system: You are a helpful assistant.
user:
Analyze the provided spectrum to determine if it is a **Carbon Star (C-type)**.

- **Key Visual Indicators of Carbon Star:**
    - **(Primary):** Strong molecular absorption from **C₂ (diatomic carbon) "Swan Bands."** This is the **defining feature** of a carbon star.
        - **(Key Bandheads):** Sharp absorption edges are visible at approximately $5635$ Å, $5165$ Å (the strongest band), and $4737$ Å.
        - **(Line Profile):** Creates a distinct **"saw-tooth"** pattern. The key morphology is a sharp, steep bandhead on the **red (long-wavelength) side**, which then gradually tapers off (i.e., flux recovers) towards the **blue (short-wavelength) side**. *(This is the direct opposite of the TiO bands seen in M-type stars)*.

    - **(Secondary):** Intense **CN (cyanogen)** molecular absorption bands.
        - **(Key Bandheads):** Located in the blue and violet regions of the spectrum (e.g., near $4215$ Å and $3883$ Å).
        - **(Morphology):** These bands are extremely broad and act as a "blanket," absorbing the vast majority of blue and violet light. This creates a characteristic **"cliff"** or **"steep drop-off"** in the spectrum's flux at short wavelengths.

    - **(Key Confirmation):** Strong **CH absorption band (G-band)**.
        - **(Key Bandhead):** Located around $4300$ Å. The contribution from CH molecules to this band is exceptionally strong.

    - **(Overall Spectrum):**
        - The continuum is severely "chopped up" by these deep molecular bands, especially C₂, rather than appearing as a smooth curve.
        - Due to the heavy CN and C₂ absorption in the blue-green, the vast majority of the star's flux is concentrated in the red part of the spectrum, giving the star its characteristic deep red color.

Think first, call **spectral_visualization_tool** if needed to examine features in detail, then provide your final answer. Your response must adhere to the following strict rules:
1.  **Overall Structure:** Your response must follow the format `<think>...</think> <tool_call>...</tool_call> (if a tool is used) <answer>...</answer>`.
2.  **Tool Usage Constraint:** You may only make **one** tool call per turn.
3.  **Final Answer Format:** In the `<answer>` tag, your conclusion must be inside a `\boxed{}` command (e.g., `\boxed{YES}`), followed by your justification.

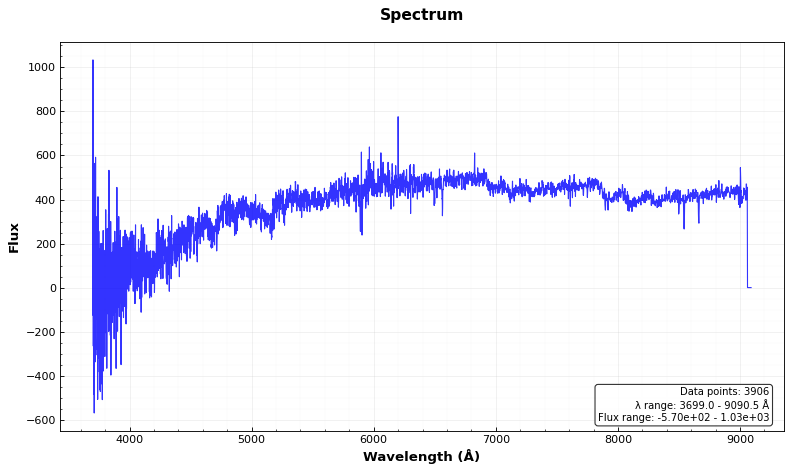
Answer: YES